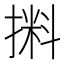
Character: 𰔛